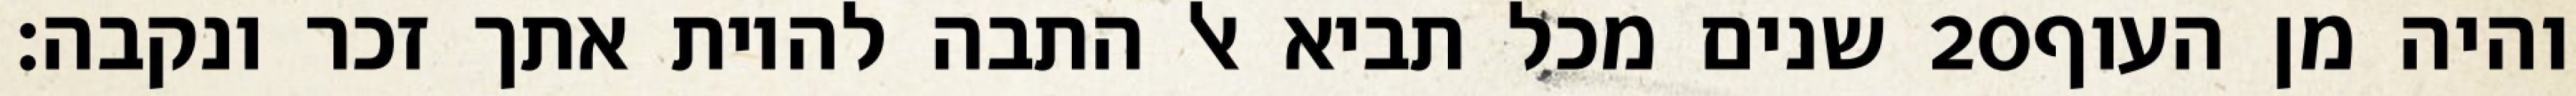
שנים מכל תביא אל התבה להיות אתך זכר ונקבה׃ ‎20‏ והיה מן העוף